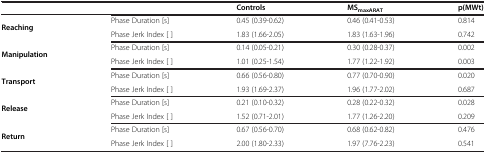
|  |  | Controls | MSmaxARAT | p(MWt) |
 | --- | --- | --- | --- | --- |
 | <ROWSPAN=2> Reaching | Phase Duration [s] | 0.45 (0.39-0.62) | 0.46 (0.41-0.53) | 0.814 |
 | Phase Jerk Index [ ] | 1.83 (1.66-2.05) | 1.83 (1.63-1.96) | 0.742 |
 | <ROWSPAN=2> Manipulation | Phase Duration [s] | 0.14 (0.05-0.21) | 0.30 (0.28-0.37) | 0.002 |
 | Phase Jerk Index [ ] | 1.01 (0.25-1.54) | 1.77 (1.22-1.92) | 0.003 |
 | <ROWSPAN=2> Transport | Phase Duration [s] | 0.66 (0.56-0.80) | 0.77 (0.70-0.90) | 0.020 |
 | Phase Jerk Index [ ] | 1.93 (1.69-2.37) | 1.96 (1.77-2.02) | 0.687 |
 | <ROWSPAN=2> Release | Phase Duration [s] | 0.21 (0.10-0.32) | 0.28 (0.22-0.32) | 0.028 |
 | Phase Jerk Index [ ] | 1.52 (0.71-2.01) | 1.77 (1.26-2.20) | 0.209 |
 | Return | Phase Duration [s] | 0.67 (0.56-0.70) | 0.68 (0.62-0.82) | 0.476 |
 |  | Phase Jerk Index [ ] | 2.00 (1.80-2.33) | 1.97 (7.76-2.23) | 0.541 |